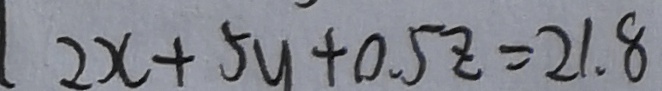
2 x + 5 y + 0 . 5 z = 2 1 . 8